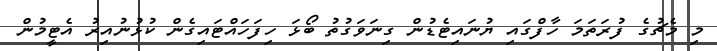
މި މެޗުގެ ފުރަތަމަ ހާފްގައި ޔުނައިޓެޑުން ގިނަވަގުތު ބޯޅަ ހިފަހައްޓައިގެން ކުޅުނުއިރު އެޓީމުން